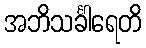
အဘိသင်္ခါရေတိ